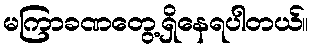
မကြာခဏတွေ့ရှိနေရပါတယ်။